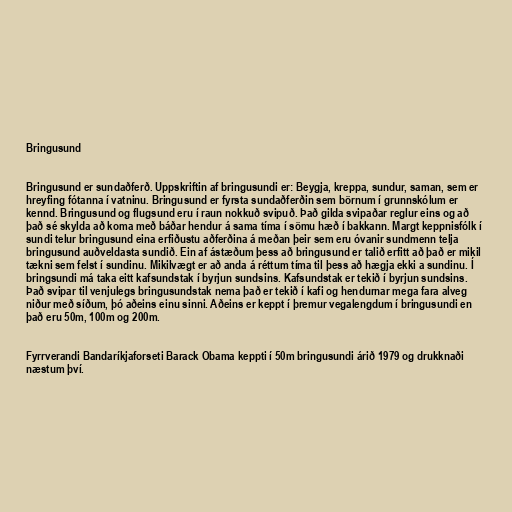
Bringusund

Bringusund er sundaðferð. Uppskriftin af bringusundi er: Beygja, kreppa, sundur, saman, sem er
hreyfing fótanna í vatninu. Bringusund er fyrsta sundaðferðin sem börnum í grunnskólum er
kennd. Bringusund og flugsund eru í raun nokkuð svipuð. Það gilda svipaðar reglur eins og að
það sé skylda að koma með báðar hendur á sama tíma í sömu hæð í bakkann. Margt keppnisfólk í
sundi telur bringusund eina erfiðustu aðferðina á meðan þeir sem eru óvanir sundmenn telja
bringusund auðveldasta sundið. Ein af ástæðum þess að bringusund er talið erfitt að það er mikil
tækni sem felst í sundinu. Mikilvægt er að anda á réttum tíma til þess að hægja ekki a sundinu. Í
bringsundi má taka eitt kafsundstak í byrjun sundsins. Kafsundstak er tekið í byrjun sundsins.
Það svipar til venjulegs bringusundstak nema það er tekið í kafi og hendurnar mega fara alveg
niður með síðum, þó aðeins einu sinni. Aðeins er keppt í þremur vegalengdum í bringusundi en
það eru 50m, 100m og 200m.

Fyrrverandi Bandaríkjaforseti Barack Obama keppti í 50m bringusundi árið 1979 og drukknaði
næstum því.